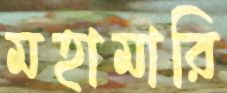
মহামারি